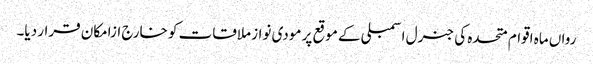
رواں ماہ اقوام متحدہ کی جنرل اسمبلی کے موقع پر مودی نواز ملاقات کو خارج ازامکان قرار دیا۔